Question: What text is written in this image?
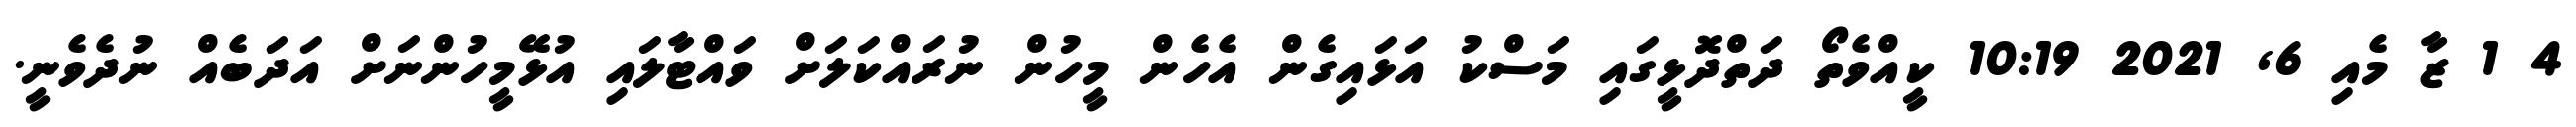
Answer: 4 1 ޒާ މެއި 6, 2021 10:19 ކީއްވެތޯ ދަތްދޮޅީގައި މަސްކު އަޅައިގެން އެހެން މީހުން ނުރައްކަލަށް ވައްޓާލައި އުޅޭމީހުންނަށް އަދަބެއް ނުދެވެނީ.